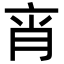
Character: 𦚍